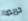
حريصا